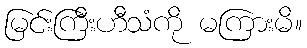
မြင်းကြီးဟီသံကို မကြားမိ။